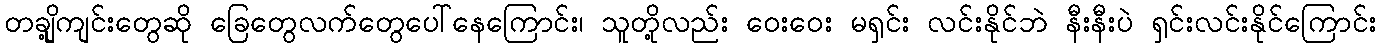
တချို့ကျင်းတွေဆို ခြေတွေလက်တွေပေါ်နေကြောင်း၊ သူတို့လည်း ဝေးဝေး မရှင်း လင်းနိုင်ဘဲ နီးနီးပဲ ရှင်းလင်းနိုင်ကြောင်း